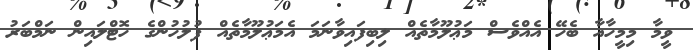
ވީމާ މިމީހާއާ ބެހޭ އެއްވެސް މަޢުލޫމާތެއް ލިބިފައިވާނަމަ އެމަޢުލޫމާތެއް ފުލުހުންގެ ހޮޓްލައިން ނަމްބަރު